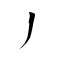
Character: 丿